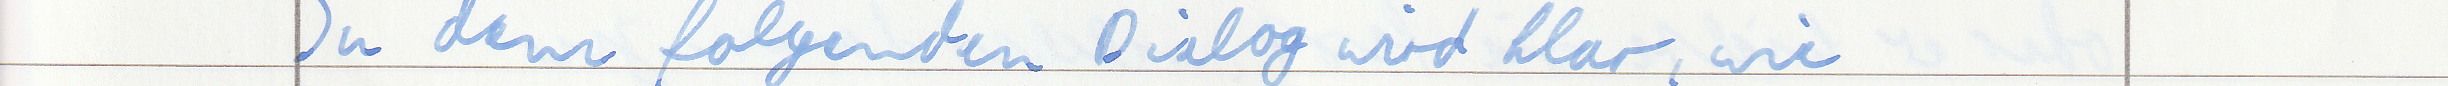
In dem folgenden Dialog wird klar, wie